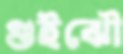
গুইঝৌ